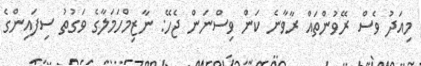
މިއަދު ވެސް ރޭވުންތައް ރާވާނެ ކަން ވިސްނަން ޖެހޭ: ނާޒިމްހަމަލާގެ ވަގުތު ސިފައިންގެ